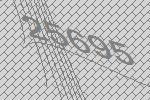
25695